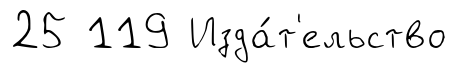
25 119 Изда́т'ельство